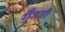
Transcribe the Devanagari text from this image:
गुँजती